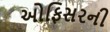
ઓફિસરની